Vaccination in Bombay 1889-1901 - 1889-1901
Year: 1889
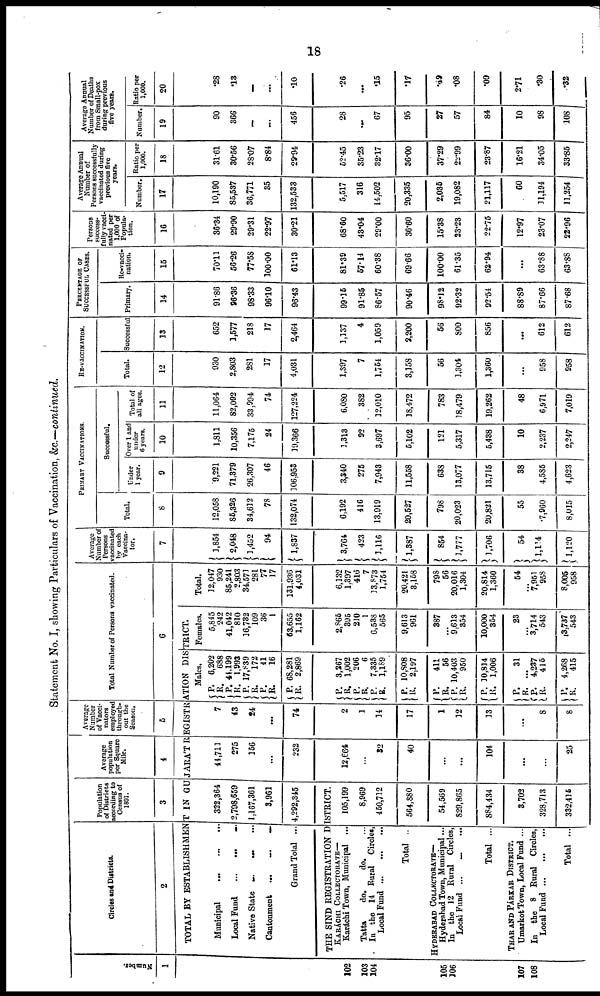
18
Statement No. I, showing Particulars of Vaccination, &c.—continued.
Number.
1
102
103
104
105
106
107
108
Circles and Districts.
2
Population
of Districts
according to
Census of
1891.
3
Average
population
per Square
Mile.
4
Average
Number
of Vacci¬
nators
employed
through-
out the
Season.
5
Total Number of Persons vaccinated.
6
TOTAL BY ESTABLISHMENT IN GUJARÁT REGISTRATION DISTRICT.
Municipal
...
...
...
Local Fund ... ... ...
Native State ... ... ...
Cantonment
...
...
...
Grand Total ...
322,364
2,798,659
1,167,361
3,961
4,292,345
THE SIND REGISTRATION DISTRICT.
KARÁCHI COLLECTORATE—
Karáchi Town, Municipal ...
Tatta
do.
do. ...
In the 14 Rural Circles,
Local
Fund...
...
...
Total ..
HYDERABAD COLLECTORATE—
Hyderabad Town, Municipal...
Local Fund ...
...
...
Total ...
THAR AND PÁRKAR DISTRICT.
Umarkot Town, Local Fund ...
In the 8 Rural Circles,
Local
Fund...
...
...
Total ...
105,199
8,969
450,712
564,880
54,569
829,865
884,434
3,702
328,713
332,415
44,711
275
156
...
232
12,664
...
32
40
...
...
104
...
...
25
7
43
24
...
74
2
1
14
17
1
12
13
...
8
8
Males.
P.
R.
P .
R.
P.
R.
P.
R.
P.
R.
P.
R.
P.
R.
P.
R.
P.
R.
6,202
688
44,199
1,993
17,839
172
41
16
68,281
2,869
3,267
1,002
206
6
7,335
1,189
10,808
2,197
P.
R.
P.
R.
P.
R.
411
56
10,403
950
10,814
1,006
P.
R.
P.
R.
P.
R.
31
...
4,237
415
4,268
415
Females.
5,845
242
41,042
810
16,732
109
36
1
63,655
1,162
2,865
395
210
1
6,538
565
9,613
961
387
...
9,613
354
10,000
354
23
...
3,714
543
3,737
543
Total.
12,047
930
85,241
2,803
34,571
281
77
17
131,936
4,031
6,132
1,397
416
7
13,873
1,754
20,421
3,158
798
56
20,016
1,304
20,814
1,360
54
...
7,951
958
8,005
958
Average
Number of
Persons
vaccinated
by each
Vaccina¬
tor.
7
1,854
2,048
1,452
94
1,837
3,764
423
1,116
1,387
854
1,777
1,706
54
1,114
1,120
PRIMARY VACCINATIONS.
Total.
8
12,058
85,326
34,612
78
132,074
6,192
416
13,919
20,527
798
20,023
20,821
55
7,960
8,015
Successful.
Under
1 year.
9
9,221
71,379
26,307
46
106,953
3,340
275
7,943
11,558
638
13,077
13,715
38
4,585
4,623
Over 1 and
under
6 years.
10
1,811
10,356
7,175
24
19,366
1,313
92
3,697
5,102
121
5,317
5,438
10
2,237
2,247
Total of
all ages.
11
11,064
82,092
33,994
74
127,224
6,080
382
12,010
18,472
783
18,479
19,262
48
6,971
7,019
RE-VACCINATION.
Total.
12
930
2,803
281
17
4,031
1,397
7
1,754
3,158
56
1,304
1,360
...
958
958
Successful
13
652
1,577
218
17
2,464
1,137
4
1,059
2,200
56
800
856
...
612
612
PERCENTAGE OF
SUCCESSFUL CASES.
Primary.
14
91.86
96.36
98.33
96.10
96.43
99.15
91.85
86.57
90.46
98.12
92.32
92.54
88.89
87.66
87.68
Re-vacci¬
nation.
15
70.11
56.26
77.58
100.00
61.13
81.39
57.14
60.38
69.66
100.00
61.35
62.94
...
63.88
63.88
Persons
success-
fully vacci-
nated per
1,000 of
Popula-
tion.
16
36.34
29.90
29.31
22.97
30.21
68.60
43.04
29.00
36.60
15.38
23.23
22.75
12.97
23.07
22.96
Average Annual
Number of
Persons successfully
vaccinated during
previous five
years.
Number.
17
10,190
85,537
36,771
35
132,533
5,517
316
14,502
20,335
2,035
19,082
21,117
60
11,194
11,254
Ratio per
1,000.
18
31.61
30.56
28.07
8.84
29.94
52.45
35.23
32.17
36.00
37.29
22.99
23.87
16.21
34.05
33.85
Average Annual
Number of Deaths
from Small-pox
during previous
five years.
Number.
19
90
366
...
...
456
28
...
67
95
27
57
84
10
98
108
Ratio per
1,000.
20
.28
.13
...
...
.10
.26
...
.15
.17
.49
.08
.09
2.71
.30
.32